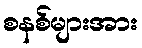
စနစ်များအား